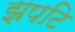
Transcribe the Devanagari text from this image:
झपटि